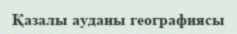
Қазалы ауданы географиясы